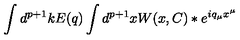
\int d ^ { p + 1 } k E ( q ) \int d ^ { p + 1 } x W ( x , C ) \ast e ^ { i q _ { \mu } x ^ { \mu } }